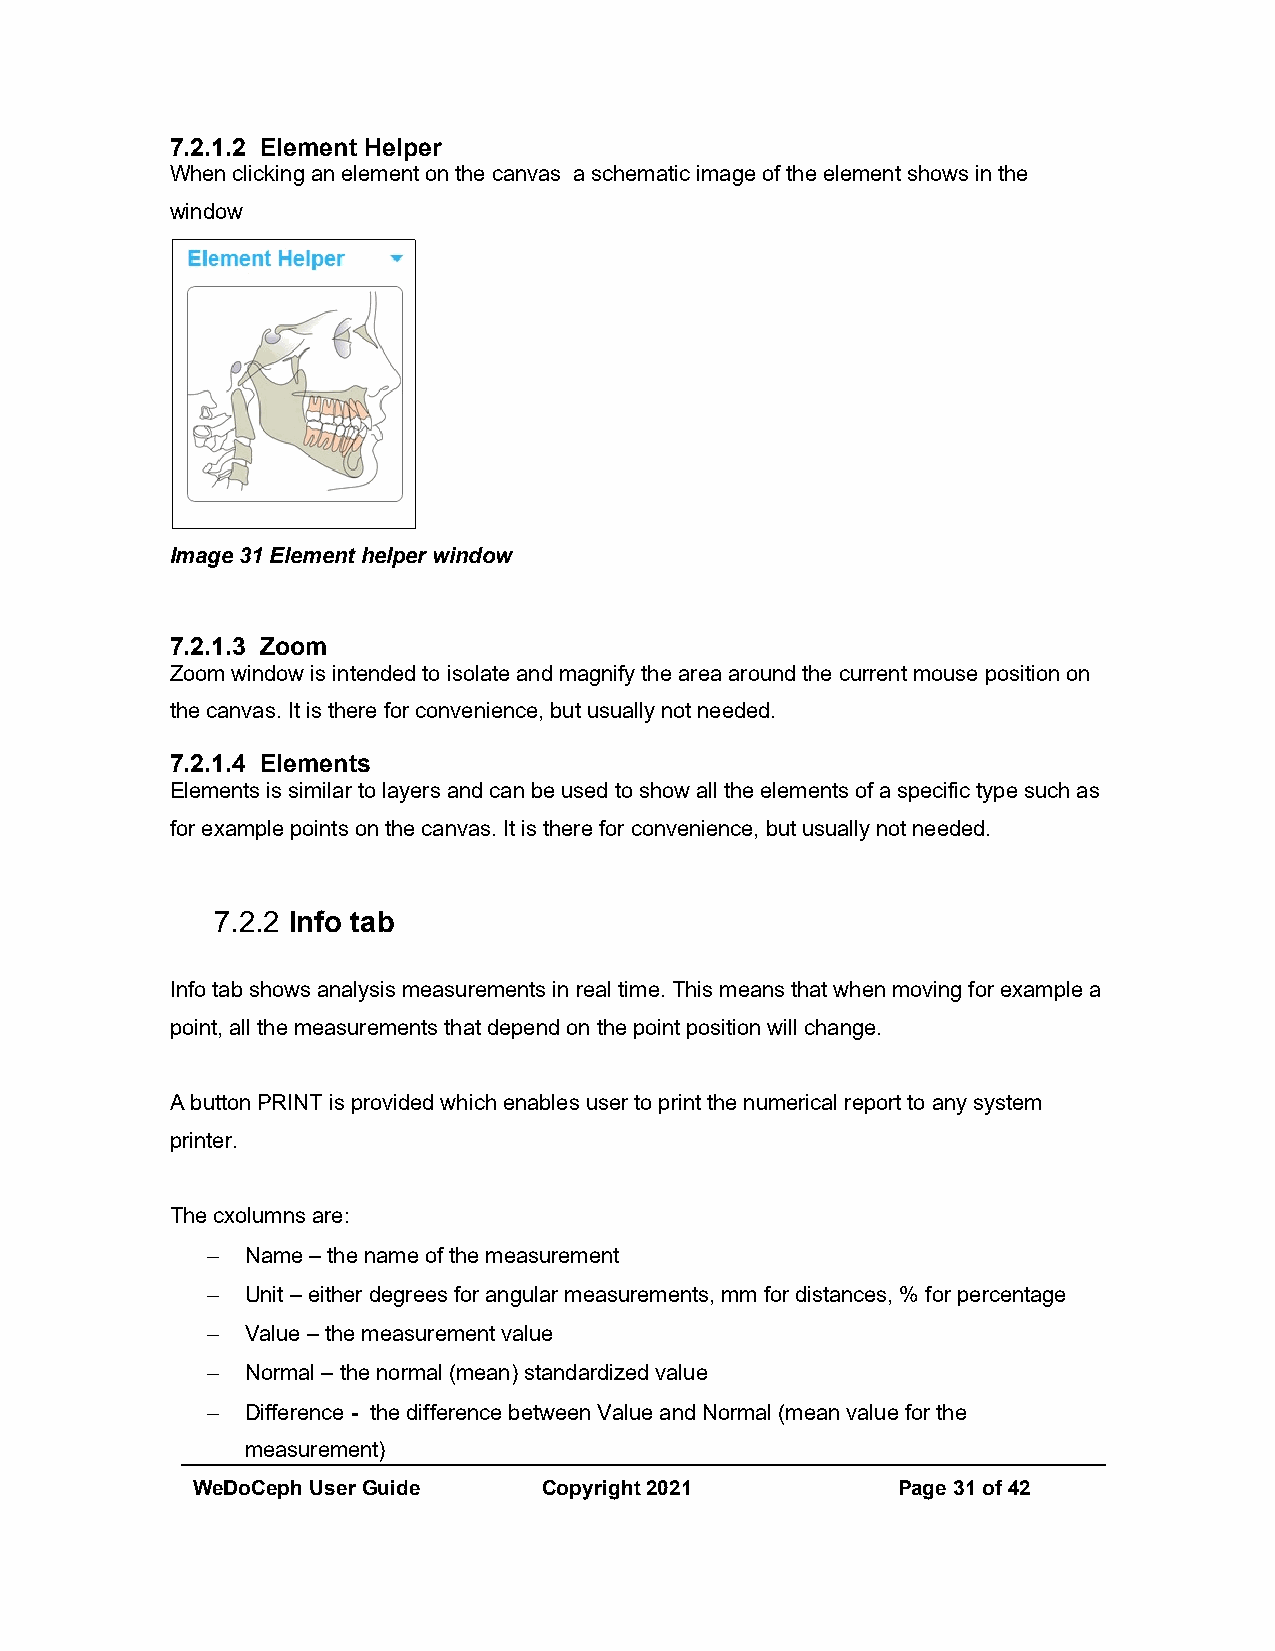
7.2.1.2 Element Helper
 When clicking an element on the canvas a schematic image of the element shows in the
 window
 Image 31 Element helper window
 7.2.1.3 Zoom
 Zoom window is intended to isolate and magnify the area around the current mouse position on
 the canvas. It is there for convenience, but usually not needed.
 7.2.1.4 Elements
 Elements is similar to layers and can be used to show all the elements of a specific type such as
 for example points on the canvas. It is there for convenience, but usually not needed.
 7.2.2 Info tab
 Info tab shows analysis measurements in real time. This means that when moving for example a
 point, all the measurements that depend on the point position will change.
 A button PRINT is provided which enables user to print the numerical report to any system
 printer.
 The cxolumns are:
  Name – the name of the measurement
  Unit – either degrees for angular measurements, mm for distances, % for percentage
  Value – the measurement value
  Normal – the normal (mean) standardized value
  Difference - the difference between Value and Normal (mean value for the
 measurement)
 WeDoCeph User Guide    Copyright 2021         Page 31 of 42